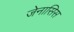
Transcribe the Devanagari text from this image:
जेनासिस